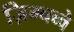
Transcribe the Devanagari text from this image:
ज़िम्बब्वे